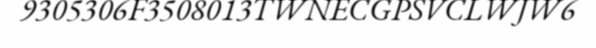
9305306F3508013TWNECGPSVCLWJW6